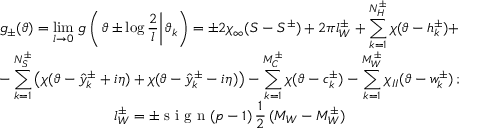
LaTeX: \begin{array} { c } { { \displaystyle g _ { \pm } ( \vartheta ) = \operatorname * { l i m } _ { l \rightarrow 0 } \, g \left( \left. \vartheta \pm \log \displaystyle \frac { 2 } { l } \right| \vartheta _ { k } \right) = \pm 2 \chi _ { \infty } ( S - S ^ { \pm } ) + 2 \pi l _ { W } ^ { \pm } + \displaystyle \sum _ { k = 1 } ^ { N _ { H } ^ { \pm } } \chi ( \vartheta - h _ { k } ^ { \pm } ) + } } \\ { { - \displaystyle \sum _ { k = 1 } ^ { N _ { S } ^ { \pm } } \left( \chi ( \vartheta - \hat { y } _ { k } ^ { \pm } + i \eta ) + \chi ( \vartheta - \hat { y } _ { k } ^ { \pm } - i \eta ) \right) - \displaystyle \sum _ { k = 1 } ^ { M _ { C } ^ { \pm } } \chi ( \vartheta - c _ { k } ^ { \pm } ) - \displaystyle \sum _ { k = 1 } ^ { M _ { W } ^ { \pm } } \chi _ { I I } ( \vartheta - w _ { k } ^ { \pm } ) \, ; } } \\ { { l _ { W } ^ { \pm } = \pm \textrm { s i g n } ( p - 1 ) \, \displaystyle \frac { 1 } { 2 } \, ( M _ { W } - M _ { W } ^ { \pm } ) } } \end{array}